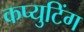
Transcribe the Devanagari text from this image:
कप्युटिंग